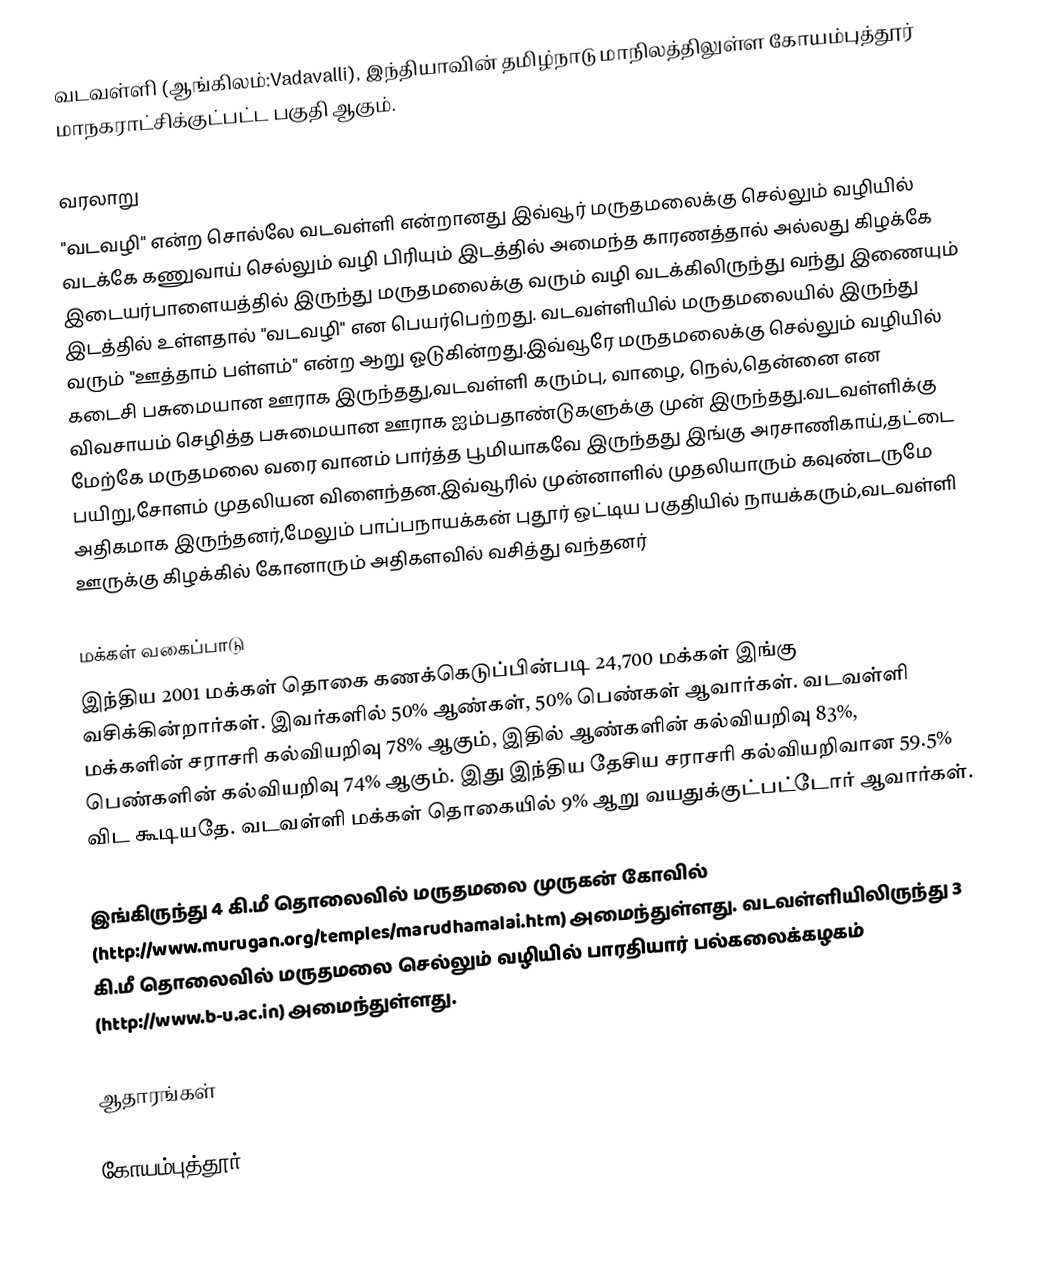
வடவள்ளி (ஆங்கிலம்:Vadavalli), இந்தியாவின் தமிழ்நாடு மாநிலத்திலுள்ள கோயம்புத்தூர் மாநகராட்சிக்குட்பட்ட  பகுதி ஆகும்.

வரலாறு
"வடவழி" என்ற சொல்லே வடவள்ளி என்றானது இவ்வூர் மருதமலைக்கு செல்லும் வழியில் வடக்கே கணுவாய் செல்லும் வழி பிரியும் இடத்தில் அமைந்த காரணத்தால் அல்லது கிழக்கே இடையர்பாளையத்தில் இருந்து மருதமலைக்கு வரும் வழி வடக்கிலிருந்து வந்து இணையும் இடத்தில் உள்ளதால்  "வடவழி" என பெயர்பெற்றது. வடவள்ளியில் மருதமலையில் இருந்து வரும் "ஊத்தாம் பள்ளம்" என்ற ஆறு ஓடுகின்றது.இவ்வூரே மருதமலைக்கு செல்லும் வழியில் கடைசி பசுமையான ஊராக இருந்தது,வடவள்ளி கரும்பு, வாழை, நெல்,தென்னை என விவசாயம் செழித்த பசுமையான ஊராக ஐம்பதாண்டுகளுக்கு முன் இருந்தது.வடவள்ளிக்கு மேற்கே மருதமலை வரை வானம் பார்த்த பூமியாகவே இருந்தது இங்கு  அரசாணிகாய்,தட்டை பயிறு,சோளம் முதலியன விளைந்தன.இவ்வூரில் முன்னாளில் முதலியாரும் கவுண்டருமே அதிகமாக இருந்தனர்,மேலும் பாப்பநாயக்கன் புதூர் ஒட்டிய பகுதியில் நாயக்கரும்,வடவள்ளி ஊருக்கு கிழக்கில் கோனாரும் அதிகளவில் வசித்து வந்தனர்

மக்கள் வகைப்பாடு
இந்திய 2001 மக்கள் தொகை கணக்கெடுப்பின்படி 24,700 மக்கள் இங்கு வசிக்கின்றார்கள். இவர்களில் 50% ஆண்கள், 50% பெண்கள் ஆவார்கள். வடவள்ளி மக்களின் சராசரி கல்வியறிவு 78% ஆகும்,  இதில் ஆண்களின் கல்வியறிவு 83%,  பெண்களின் கல்வியறிவு 74% ஆகும். இது இந்திய தேசிய சராசரி கல்வியறிவான 59.5% விட கூடியதே. வடவள்ளி மக்கள் தொகையில் 9%  ஆறு வயதுக்குட்பட்டோர் ஆவார்கள்.

இங்கிருந்து 4 கி.மீ தொலைவில் மருதமலை முருகன் கோவில் (http://www.murugan.org/temples/marudhamalai.htm) அமைந்துள்ளது. வடவள்ளியிலிருந்து 3 கி.மீ தொலைவில் மருதமலை செல்லும் வழியில் பாரதியார் பல்கலைக்கழகம் (http://www.b-u.ac.in) அமைந்துள்ளது.

ஆதாரங்கள்

கோயம்புத்தூர்